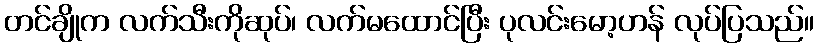
တင်ချိုက လက်သီးကိုဆုပ်၊ လက်မထောင်ပြီး ပုလင်းမော့ဟန် လုပ်ပြသည်။